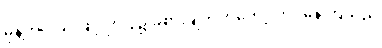
မုန့်ဟင်းခါးဖြင့် ဤပွဲ၌ ခံစားချက်ကတော့ ကုပ်နေကြသည်